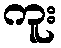
ကူး